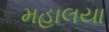
મહાલયા